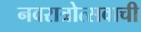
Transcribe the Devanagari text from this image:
नवरात्रोत्सवाची